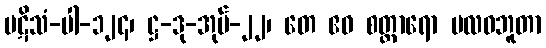
ပဋိသံ-ပါ-၁၂၄၊ ဋ္ဌ-ဒု-အုပ်-၂၂၊ တေ ဧဝ စတ္တာရော ဗလဝဘူတာ